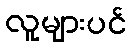
လူများပင်